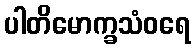
ပါတိမောက္ခသံဝရေ